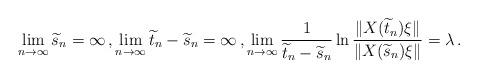
LaTeX: \begin{align*} \lim_{n\to\infty}\widetilde s_n=\infty\,,\lim_{n\to\infty}\widetilde t_n-\widetilde s_n=\infty\,, \lim_{n\to\infty} \frac{1} {\widetilde t_n-\widetilde s_n} \ln\frac{\|X(\widetilde t_n)\xi\|}{\|X(\widetilde s_n)\xi\|}=\lambda\,. \end{align*}